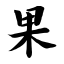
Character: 果